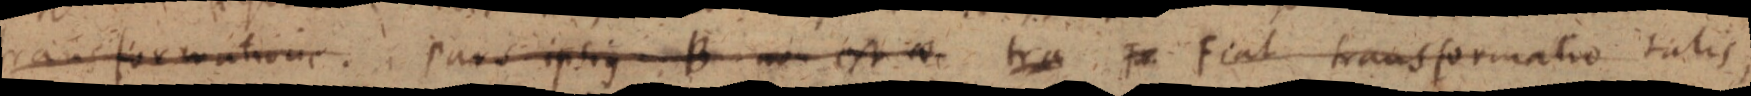
transformatione. pars ipsius B non est _ tra F Fiat transformatio talis,